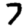
Digit: 7